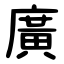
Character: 廣